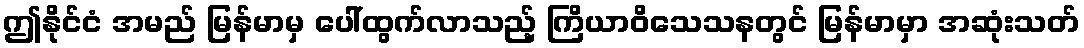
ဤနိုင်ငံ အမည် မြန်မာမှ ပေါ်ထွက်လာသည့် ကြိယာဝိသေသနတွင် မြန်မာမှာ အဆုံးသတ်